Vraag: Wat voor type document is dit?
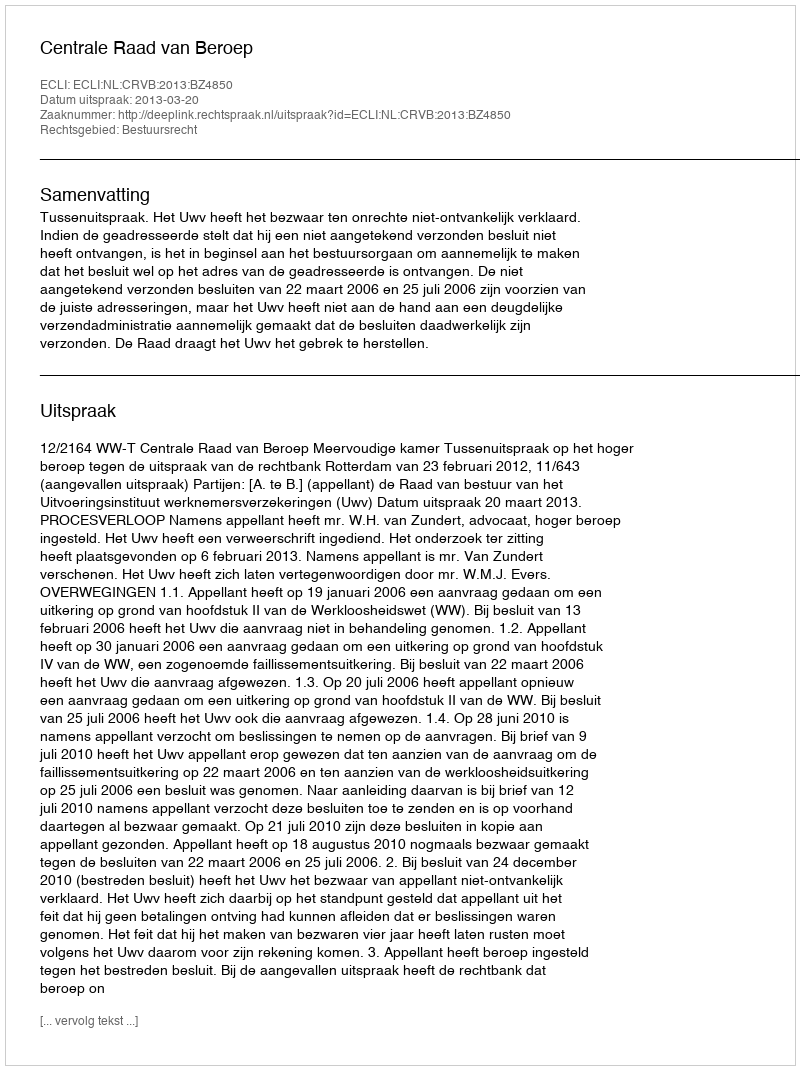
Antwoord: Uitspraak